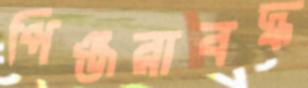
পিঞ্জরাবদ্ধ